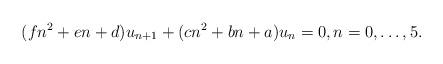
LaTeX: \begin{align*}(fn^2 + en + d) u_{n+1} + (cn^2 +bn+ a) u_n = 0, n=0,\dots,5.\end{align*}